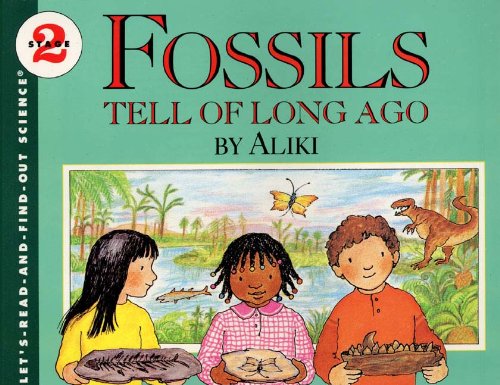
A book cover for Fossils Tell Of Long Ago (Turtleback School & Library Binding Edition) (Let's-Read-And-Find-Out Science: Stage 2 (Pb)); Aliki; Children's Books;